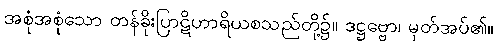
အစုံအစုံသော တန်ခိုးပြာဋိဟာရိယစသည်တို့၌။ ဒဋ္ဌဗ္ဗော၊ မှတ်အပ်၏။